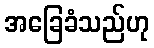
အခြေခံသည်ဟု